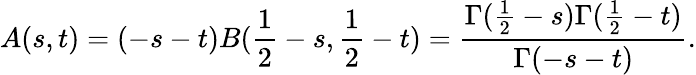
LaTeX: A(s,t)=(-s-t)B(\frac{1}{2}-s,\frac{1}{2}-t)=\frac{\Gamma(\frac{1}{2}-s)\Gamma(\frac{1}{2}-t)}{\Gamma(-s-t)}.